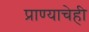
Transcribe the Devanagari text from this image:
प्राण्याचेही